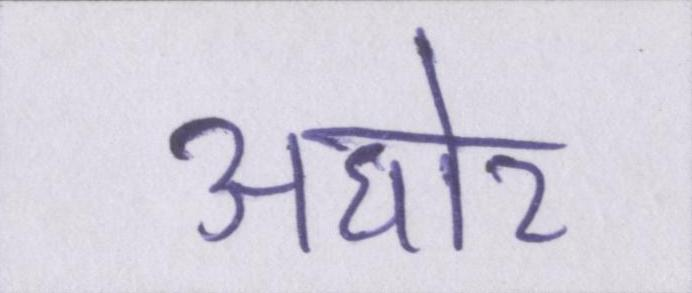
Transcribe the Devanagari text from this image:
अघोर